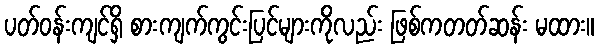
ပတ်ဝန်းကျင်ရှိ စားကျက်ကွင်းပြင်များကိုလည်း ဖြစ်ကတတ်ဆန်း မထား။